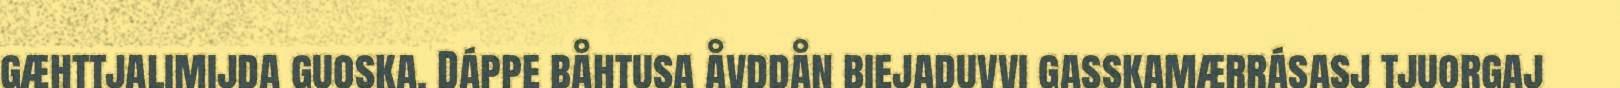
gæhttjalimijda guoska. Dáppe båhtusa åvddån biejaduvvi gasskamærrásasj tjuorgaj